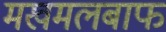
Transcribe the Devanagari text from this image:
मखमलबाफ